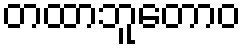
တထာဘူတောဝ